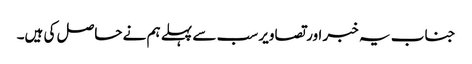
جناب یہ خبر اور تصاویر سب سے پہلے ہم نے حاصل کی ہیں۔